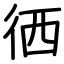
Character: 徆